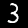
Label: 3